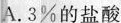
A.3%的盐酸